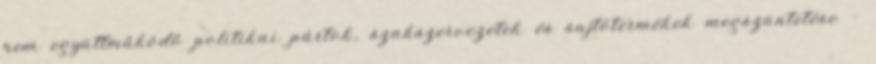
nem együttműködő politikai pártok, szakszervezetek és sajtótermékek megszüntetése –